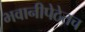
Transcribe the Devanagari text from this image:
भवानीपेठेतच